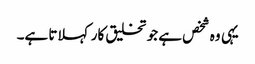
یہی وہ شخص ہے جو تخلیق کار کہلاتا ہے۔